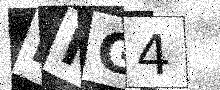
Text: FIG4